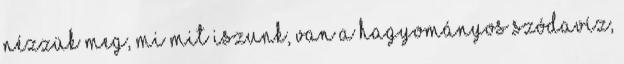
nézzük meg, mi mit iszunk, van a hagyományos szódavíz,